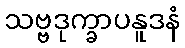
သဗ္ဗဒုက္ခာပနူဒနံ